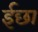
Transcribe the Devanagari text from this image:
ईछा